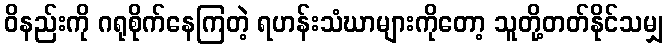
ဝိနည်းကို ဂရုစိုက်နေကြတဲ့ ရဟန်းသံဃာများကိုတော့ သူတို့တတ်နိုင်သမျှ